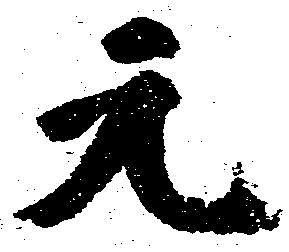
元